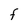
Character: F